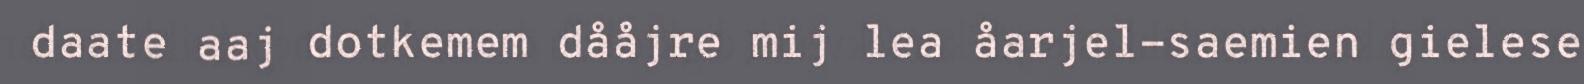
daate aaj dotkemem dååjre mij lea åarjel-saemien gielese